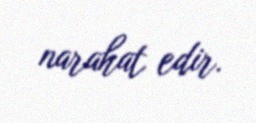
narahat edir.